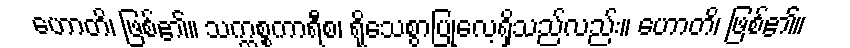
ဟောတိ၊ ဖြစ်၏။ သက္ကစ္စကာရီစ၊ ရိုသေစွာပြုလေ့ရှိသည်လည်း။ ဟောတိ၊ ဖြစ်၏။